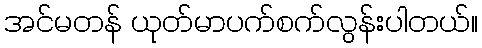
အင်မတန် ယုတ်မာပက်စက်လွန်းပါတယ်။